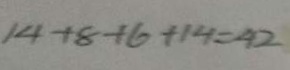
1 4 + 8 + 6 + 1 4 = 4 2